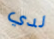
لدي